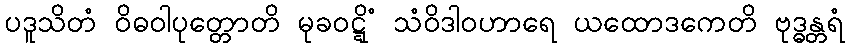
ပဒူသိတံ ဝိဓဝါပုတ္တောတိ မုခဝဋ္ဋိံ သံဝိဒါဝဟာရေ ယထောဒကေတိ ဗုဒ္ဓန္တရံ